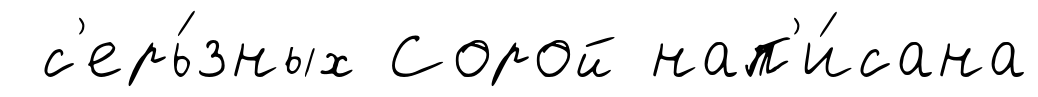
с'ерь́зных Сорой нап'и́сана